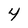
Character: 4